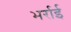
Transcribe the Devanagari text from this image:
भर्राई